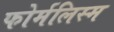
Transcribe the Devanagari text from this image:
फोर्मलिस्म